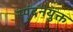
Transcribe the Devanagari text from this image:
स्पंदनयुक्त